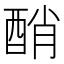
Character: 𨡀